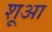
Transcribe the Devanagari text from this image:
शूआ